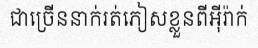
ជាច្រើននាក់រត់ភៀសខ្លួនពីអ៊ីរ៉ាក់